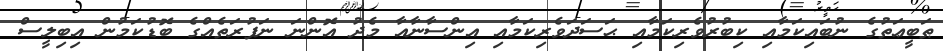
ޠަބީޢަތުގެ ނުބައިކަމާއި ކިބުރުވެރިކަމާއި ޙަސަދަވެރިކަމާއި އިންސާނާއާ މެދު އޮންނަ ނަފުރަތެއްގެ ބޮޑުކަމުން އިބިލީސް